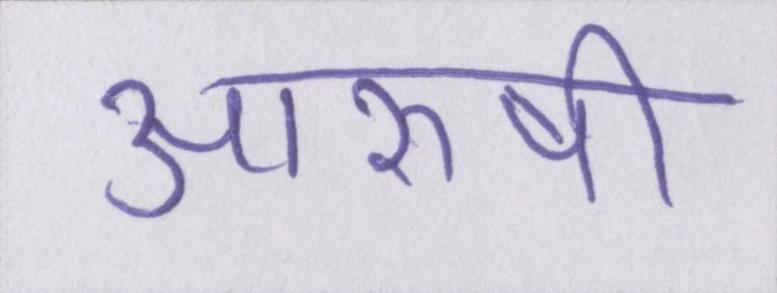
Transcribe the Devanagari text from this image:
आरुषी